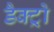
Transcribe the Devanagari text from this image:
डैक्ट्रो